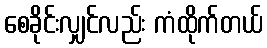
စေခိုင်းလျှင်လည်း ကံထိုက်တယ်